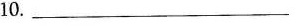
10___